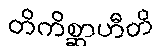
တိကိစ္ဆာဟီတိ